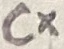
Text: Cx